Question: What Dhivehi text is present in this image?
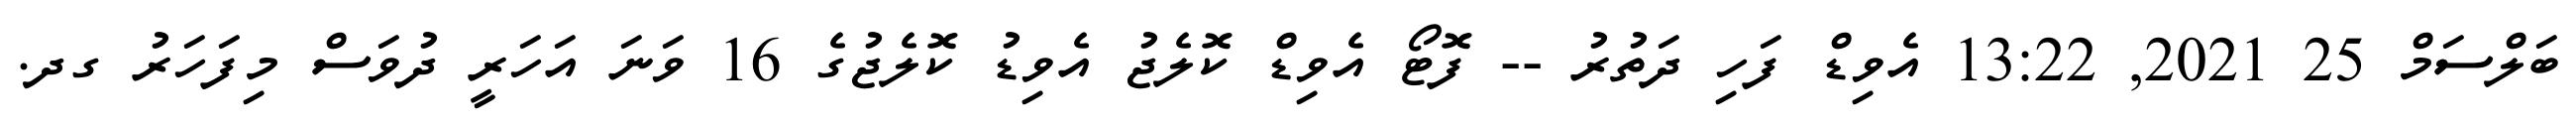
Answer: ބަލްސަމް 25 2021, 13:22 އެވިޑް ފަހި ދަތުރު -- ފޮޓޯ އެވިޑް ކޮލެޖު އެވިޑު ކޮލެޖުގެ 16 ވަނަ އަހަރީ ދުވަސް މިފަހަރު ގދ.